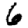
Digit: 6